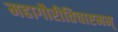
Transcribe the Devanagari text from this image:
महागौरीतिचाष्टमम्